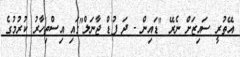
އޭތުރީ ސައިޒަށް ނެރޭ "ޑައިން - ދަ ފުޑް ޖާނަލް"ގައި އިސްތިހާރު ކުރުމުގެ